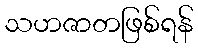
သဟဇာတဖြစ်ရန်